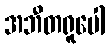
အဘီတရူပေါ